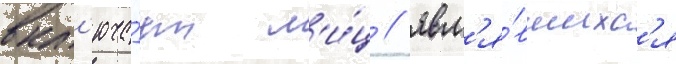
вкл'юча́ет л'и́ц / явл'я́вшихс'я